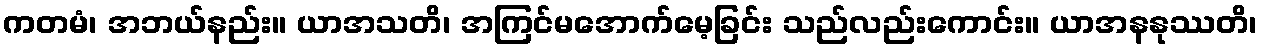
ကတမံ၊ အဘယ်နည်း။ ယာအသတိ၊ အကြင်မအောက်မေ့ခြင်း သည်လည်းကောင်း။ ယာအနနုဿတိ၊